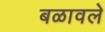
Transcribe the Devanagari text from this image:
बळावले